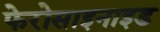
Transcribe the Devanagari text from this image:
फेरोसाइनाइड